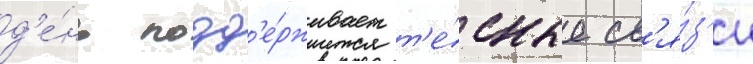
д'е́нь подд'е́рживает т'е́сные св'я́з'и